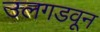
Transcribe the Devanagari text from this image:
उलगडवून